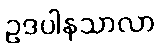
ဥဒပါနသာလာ